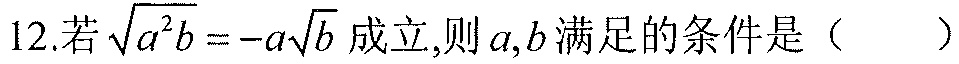
12.若\(\sqrt{a^{2}b}=-a\sqrt{b}\)成立,则\(a,b\)满足的条件是（  ）